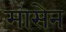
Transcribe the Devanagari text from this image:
मासेन